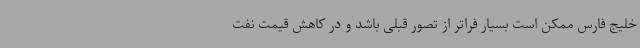
خلیج فارس ممکن است بسیار فراتر از تصور قبلی باشد و در کاهش قیمت نفت